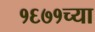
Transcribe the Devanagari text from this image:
१६७१च्या